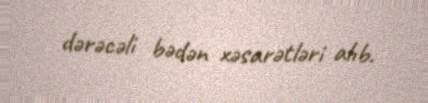
dərəcəli bədən xəsarətləri alıb.